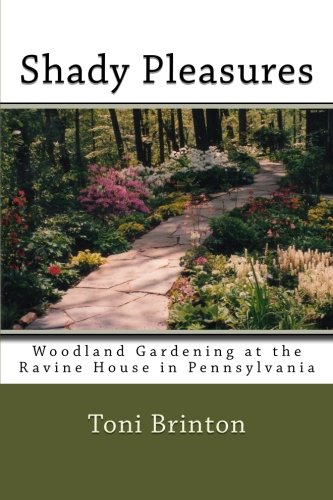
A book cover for Shady Pleasures: Woodland Gardening at the Ravine House in Pennsylvania; Toni Brinton; Crafts, Hobbies & Home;